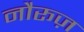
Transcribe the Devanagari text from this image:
नौरूज़